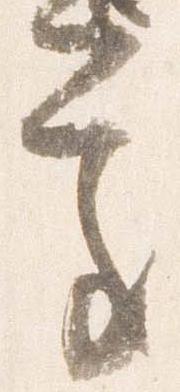
処